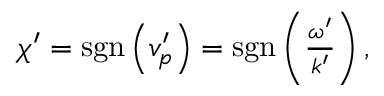
\begin{array} { r } { \chi ^ { \prime } = \mathrm { s g n } \left( v _ { p } ^ { \prime } \right) = \mathrm { s g n } \left( \frac { \omega ^ { \prime } } { k ^ { \prime } } \right) , } \end{array}